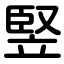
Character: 竪